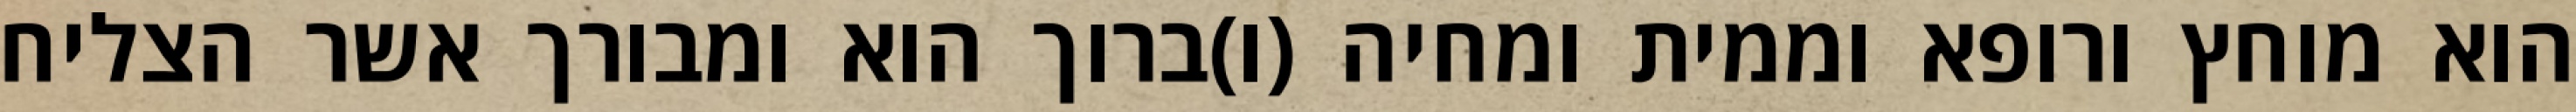
הוא מוחץ ורופא וממית ומחיה (ו)ברוך הוא ומבורך אשר הצליח